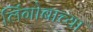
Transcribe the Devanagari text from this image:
लिंगोबाच्या